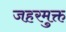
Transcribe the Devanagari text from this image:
जहरमुक्त